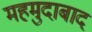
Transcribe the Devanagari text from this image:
महमुदाबाद